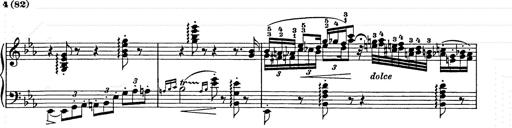
Title: Hungarian Rhapsody No.9
Composer: Franz Liszt
Key: E-flat major